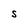
Character: S